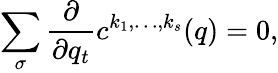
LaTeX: \sum_{\sigma}{\frac{\partial}{\partial q_{t}}}c^{k_{1},\ldots,k_{s}}(q)=0,